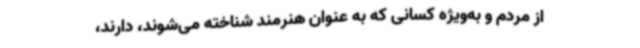
از مردم و به‌ویژه کسانی که به عنوان هنرمند شناخته می‌شوند، دارند،